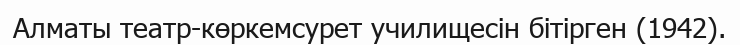
Алматы театр-көркемсурет училищесін бітірген (1942).